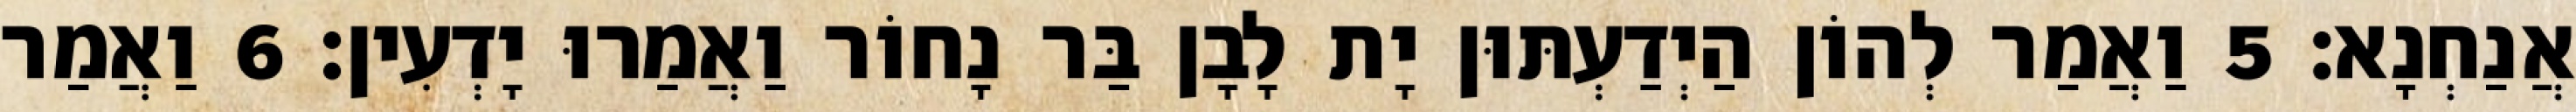
אֲנַחְנָא׃ 5 וַאֲמַר לְהוֹן הַיְדַעְתּוּן יָת לָבָן בַּר נָחוֹר וַאֲמַרוּ יָדְעִין׃ 6 וַאֲמַר